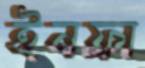
ইনফ্রা